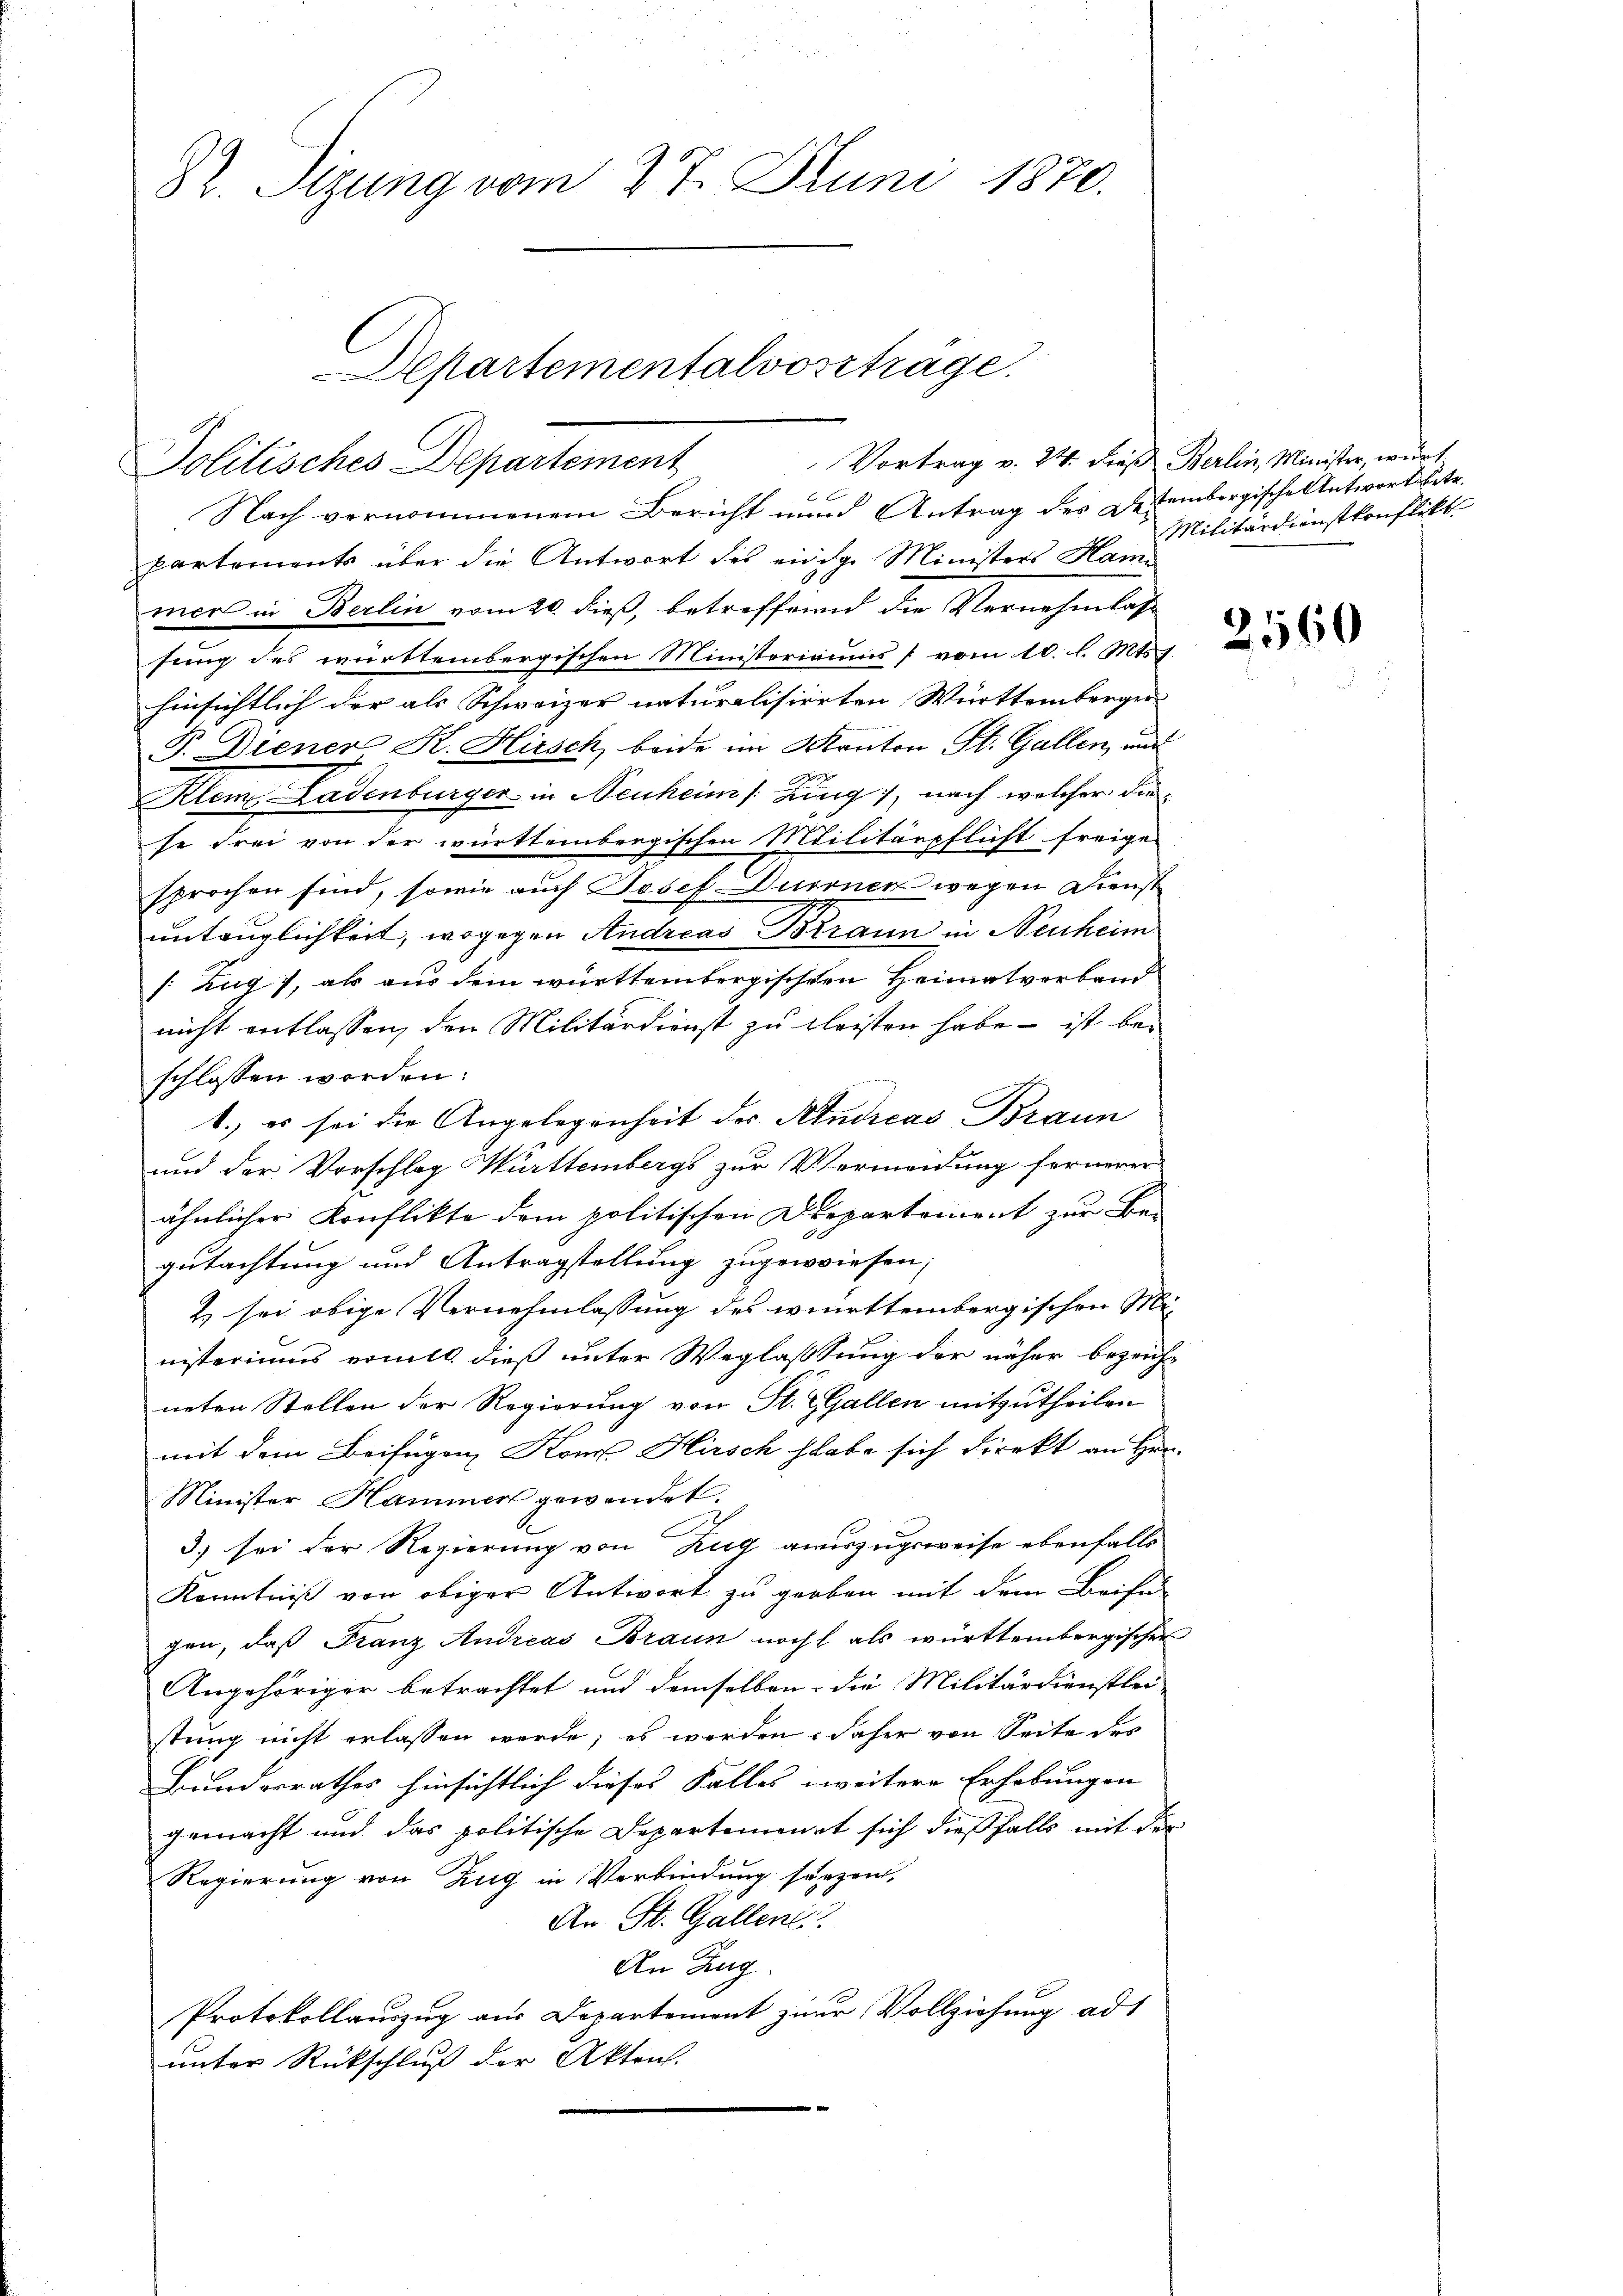
82. Sizung vom 27. Juni 1870.

Departementalvoszträge.
Vortrag v. 24. dieß Berlin, Minister, wert
Politisches Departement

6 x
Nach vernommenem Bericht und Antrag des Decembergische Antwortbetr.
partements über die Antwort des einige Ministers Hammers in Berlin vom 20. dieß, betreffend die Vernehmlass
sung des württembergischen Ministeriums vom 10. l. Mts. 1.
hinsichtlich der als Schweizer naturalisierten Württemberger
P. Diener K. Hirsch beide im Kanton St. Gallen, und
Klein Ladenburger in Neuheim /: Zing, nach welcher die
se drei von der württembergischen Militärpflicht freige-
sprochen sind, sowie auch Josef Dürrner wegen Dienst
untauglichkeit, wogegen Andreas Braun in Neuheim
/: Zug, als aus dem württembergischen Heimatverband
nicht entlassen, den Militärdienst zu leisten habe – ist beschlossen worden:
1.) es sei die Angelegenheit des Andreas Braun
und der Vorschlag Württembergs zur Vermeidung fernerer
ähnlicher Konflikte dem politischen Departement zur Begutachtung und Antragstellung zugewiesen;
2) sei obige Vernehmlassung des württembergischen Mi-
nisteriums voll dieß unter Weglassung der näher bezeich-
neten Stellen der Regierung von St. Gallen mitzutheilen
mit dem Beifügen Konr. Hirsch habe sich direkt an Hrn.
Minister Hammer gewendet.
3) sei der Regierung von Zug auszugsweise ebenfalls
Kenntniß von obiger Antwort zu groben mit dem Beifü
gen, daß Franz Andreas Braun noch als württembergischer
Angehöriger betrachtet und demselben die Militärdienstlei-
stung nicht erlassen werde; es werden, daher von Seite des
Hundesrathes hinsichtlich dieses Falles zweitere Erhebungen
gemacht und das politische Departement sich dießfalls mit der
Regierung von Zug in Verbindung herzen,
An St. Gallen
An Zug.
Protokollauszug aus Departement zur Vollziehung ad 1
unter Rückschluß der Akten.

Militärdienstkonflikt

2560